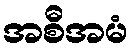
အစီအမံ